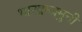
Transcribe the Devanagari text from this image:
भारद्वाजमुनी